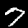
Label: 7